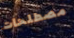
مصطلحات